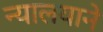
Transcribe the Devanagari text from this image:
न्यालयाने